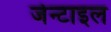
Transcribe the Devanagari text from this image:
जेन्टाइल